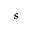
s